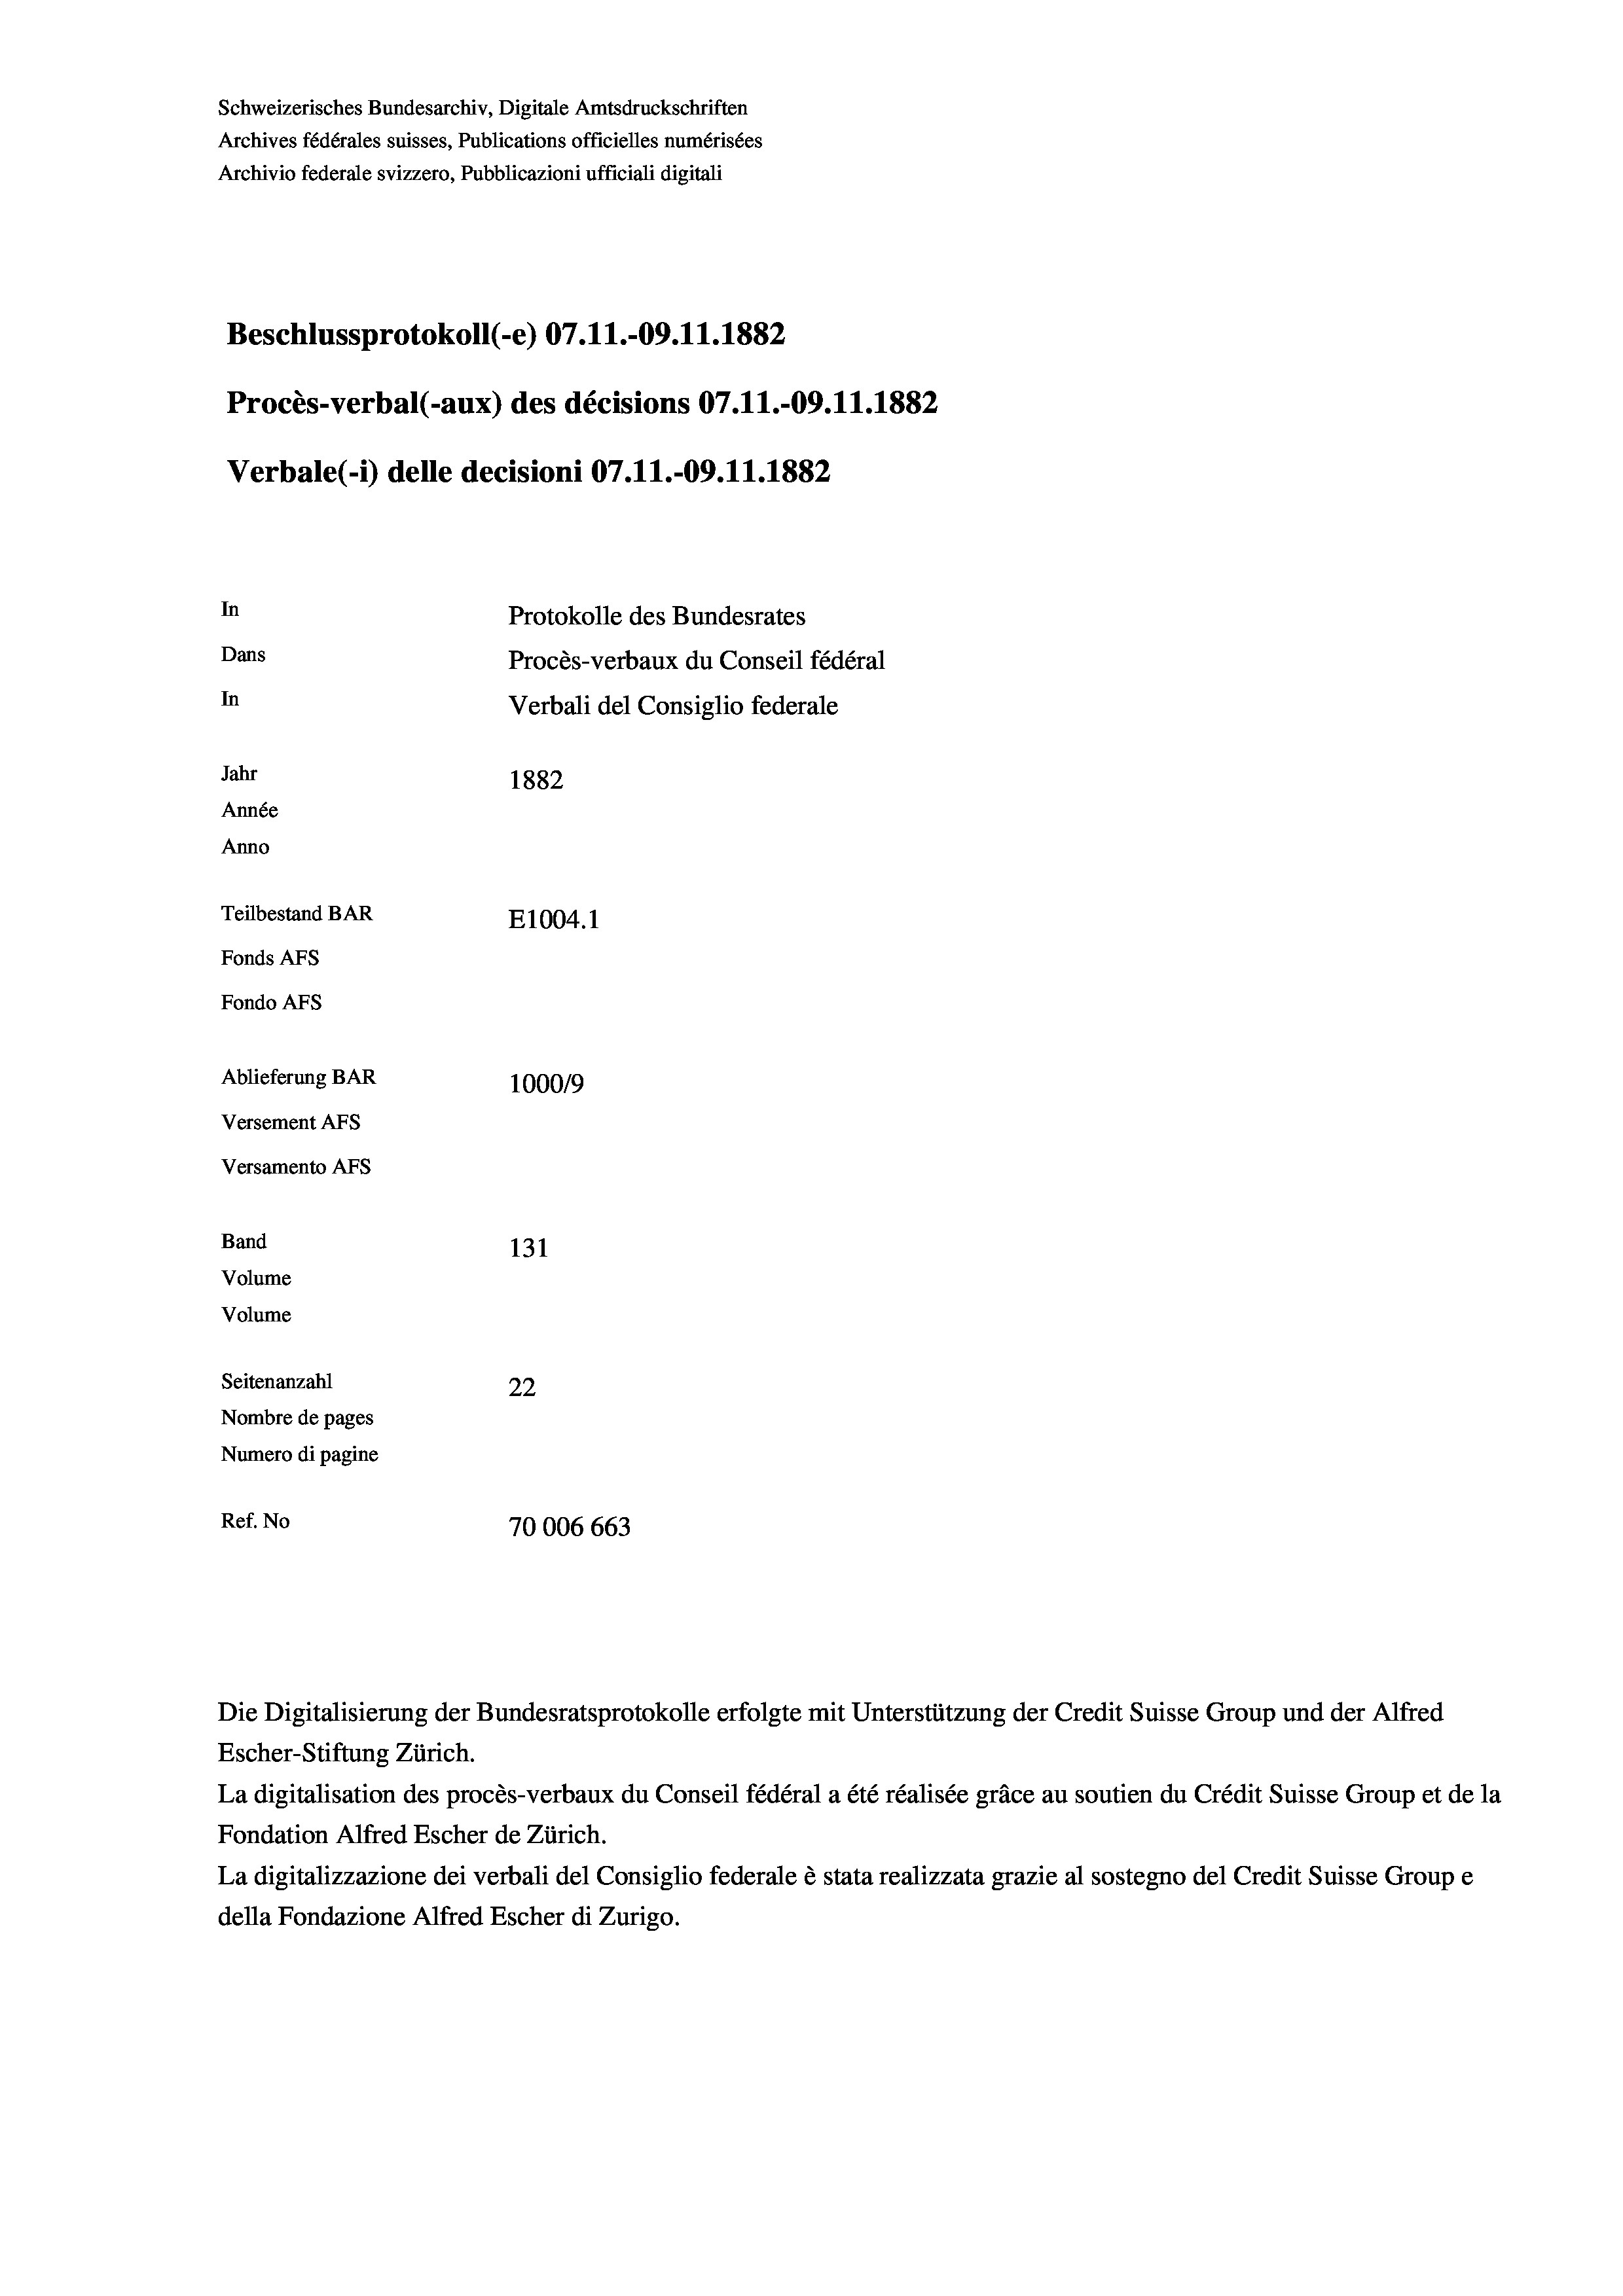
Schweizerisches Bundesarchiv, Digitale Amtsdruckschriften
Archives fédérales suisses, Publications officielles numérisées
Archivio federale svizzero, Pubblicazioni ufficiali digitali
Beschlussprotokoll (-e) 07.11.-09. 11. 1882
Procès-verbal (-aux) des décisions 07.11.-09.11.1882
Verbale(-*) delle decisioni 07.11.-09. 11. 1882
In
Protokolle des Bundesrates
Dans
Procès-verbaux du Conseil fédéral
In
Verbali del Consiglio federale
Jahr
1882
Année
Anno
Teilbestand BAR
E1004. 1
Fonds AFs
Fondo AFS
Ablieferung BAR
100019
Versement AFs
Versamento Afs
Band
131
Volume
Volume

Seitenanzahl
22
Nombre de pages
Numero di pagine
Ref. No
70006 663

Die Digitalisierung der Bundesratsprotokolle erfolgte mit Unterstützung der Credit Suisse Group und der Alfred
Escher-Stiftung Zürich.
La digitalisation des procès-verbaux du Conseil fédéral a été réalisée gräce au soutien du Crédit Suisse Group et de la
Fondation Alfred Escher de Zürich.
La digitalizzazione dei verbali del Consiglio federale è stata realizzata grazie al sostegno del Credit Suisse Groupe
della Fondazione Alfred Escher di Zurigo.